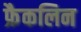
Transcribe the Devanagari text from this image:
फ्रैकलिन